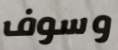
وسوف